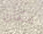
مكان